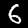
Digit: 6